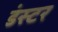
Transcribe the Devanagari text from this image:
डंस्टर